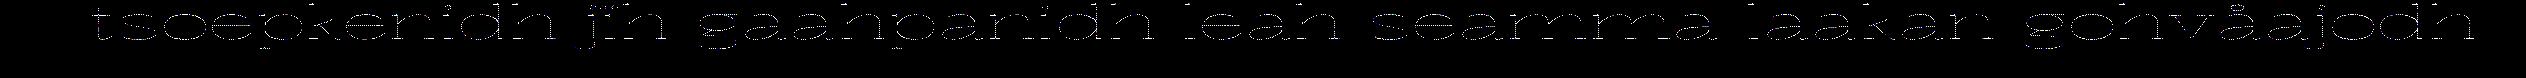
tsoepkenidh jïh gaahpanidh leah seamma laakan gohvåajodh